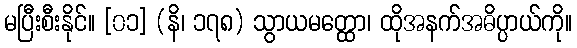
မပြီးစီးနိုင်။ [၀၁] (နိ၊ ၁၇၈) သွာယမတ္ထော၊ ထိုအနက်အဓိပ္ပာယ်ကို။